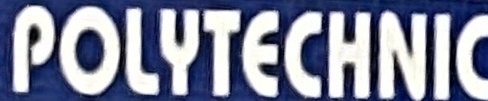
POLYTECHNIC